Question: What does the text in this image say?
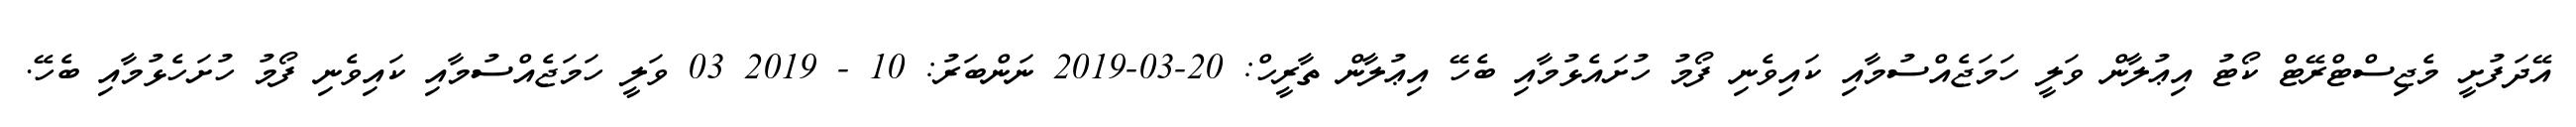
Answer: އޭދަފުށީ މެޖިސްޓްރޭޓް ކޯޓު އިޢުލާން ވަލީ ހަމަޖެއްސުމާއި ކައިވެނި ފޯމު ހުށައެޅުމާއި ބެހޭ އިޢުލާން ތާރީހް: 20-03-2019 ނަންބަރު: 10 - 2019 03 ވަލީ ހަމަޖެއްސުމާއި ކައިވެނި ފޯމު ހުށަހެޅުމާއި ބެހޭ.